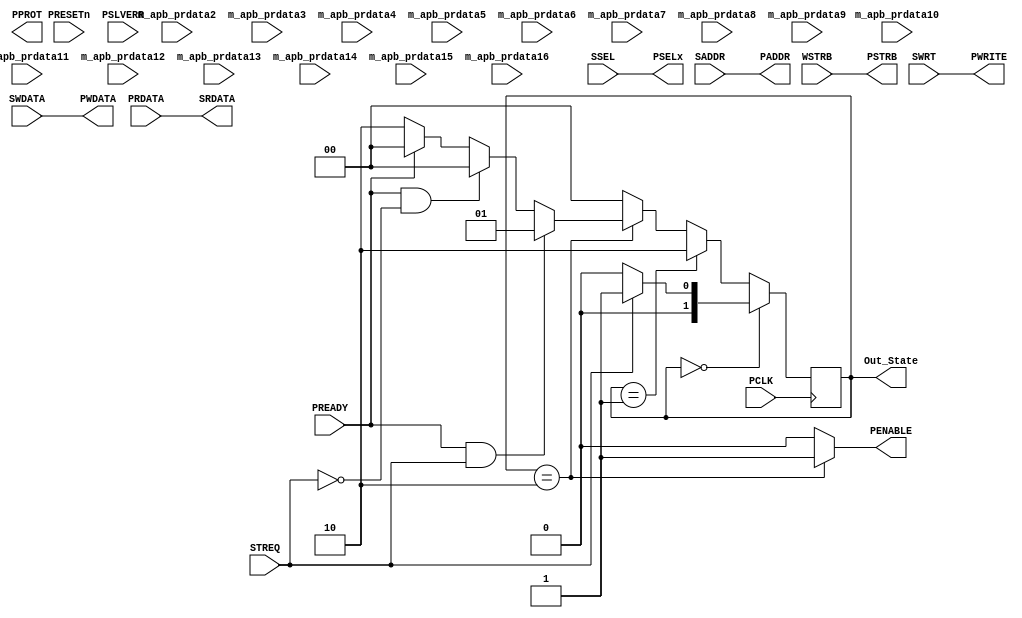
module apb_master
	#(parameter c_apb_num_slaves = 1)
	( PCLK,PRESETn,
	  STREQ,SWRT,SSEL,SADDR,SWDATA,WSTRB,SRDATA,
	  PADDR,PPROT,PSELx,PENABLE,PWRITE,PWDATA,PSTRB,
	  PREADY,PRDATA,PSLVERR,
	  m_apb_prdata2,m_apb_prdata3,m_apb_prdata4,m_apb_prdata5,m_apb_prdata6,m_apb_prdata7,
	  m_apb_prdata8,m_apb_prdata9,m_apb_prdata10,m_apb_prdata11,m_apb_prdata12,m_apb_prdata13,
	  m_apb_prdata14,m_apb_prdata15,m_apb_prdata16,
	  Out_State
	);


input       			   PCLK;
input       			   PRESETn;

input	     			   STREQ;
input	     			   SWRT;
input[c_apb_num_slaves-1:0] 	   SSEL;
input[31:0]  			   SADDR;
input[31:0]  			   SWDATA;
input[3:0]                         WSTRB;
output[31:0] 			   SRDATA;

output[31:0] 			   PADDR;
output[2:0]  			   PPROT;
output[c_apb_num_slaves-1:0] 	   PSELx;
output	     			   PENABLE;
output       			   PWRITE;
output[31:0] 			   PWDATA;
output[3:0]  			   PSTRB;

input[c_apb_num_slaves-1:0] 	   PREADY;
input[31:0]  			   PRDATA;
input[31:0] 			   m_apb_prdata2;
input[31:0] 			   m_apb_prdata3;
input[31:0] 			   m_apb_prdata4;
input[31:0] 			   m_apb_prdata5;
input[31:0] 			   m_apb_prdata6;
input[31:0] 			   m_apb_prdata7;
input[31:0] 			   m_apb_prdata8;
input[31:0] 			   m_apb_prdata9;
input[31:0] 			   m_apb_prdata10;
input[31:0] 			   m_apb_prdata11;
input[31:0] 			   m_apb_prdata12;
input[31:0] 			   m_apb_prdata13;
input[31:0] 			   m_apb_prdata14;
input[31:0] 			   m_apb_prdata15;
input[31:0] 			   m_apb_prdata16;
input[c_apb_num_slaves-1:0]        PSLVERR;

output[1:0]  			   Out_State;

parameter Idle   = 'd 0;
parameter Setup  = 'd 1;
parameter Access = 'd 2;

reg[1:0]  state;

always @ (posedge PCLK)
begin
	if (!PRESETn)
	state <= Idle;
	if (state == Idle)
	begin
		if (STREQ)
		  state <= Setup;
		else
		  state <= Idle;
	end
	else if (state == Setup)
		state <= Access;
	else if (state == Access)
	begin
		if (PREADY && STREQ)
		  state <= Setup;
		else if (PREADY && ~STREQ)
		  state <= Idle;
		else if (~PREADY)
		  state <= Access;
		else
		  state <= Idle;   
	end
	else state <= Idle;

end 

assign PENABLE   = (state == Access) ? 1'b1 : 1'b0;
assign PWRITE    = SWRT;
assign PSELx     = SSEL;


assign PADDR     = SADDR;
assign PWDATA    = SWDATA;
assign SRDATA    = PRDATA;
assign Out_State = state;
assign PSTRB     = WSTRB;

endmodule